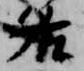
各